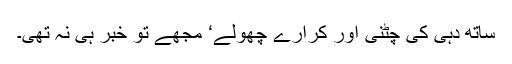
ساتھ دہی کی چٹنی اور کرارے چھولے‘ مجھے تو خبر ہی نہ تھی۔